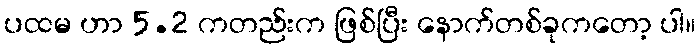
ပထမ ဟာ 5.2 ကတည်းက ဖြစ်ပြီး နောက်တစ်ခုကတော့ ပါ။